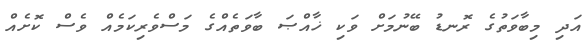
އަދި މިބާވަތުގެ ރޮނޑު ބޭނުމަށް ވަކި ޚާއްޞަ ބާވަތެއްގެ މަސްވެރިކަމެއް ވެސް ކޮށެއް